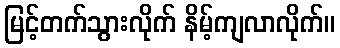
မြင့်တက်သွားလိုက် နိမ့်ကျလာလိုက်။